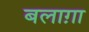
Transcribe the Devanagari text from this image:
बलाग़ा